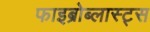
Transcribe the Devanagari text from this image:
फाइब्रोब्लास्ट्स